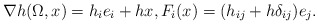
\begin{align*}\nabla h(\Omega,x)=h_{i}e_{i}+hx, F_{i}(x)=(h_{ij}+h\delta_{ij})e_{j}.\end{align*}